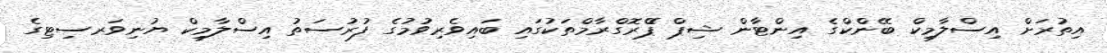
އިތުރަށް އިސްލާމިކް ބޭންކްގެ އިންޓާން ޝިޕް ޕްެރޮގްރާމްތަކުގައި ބައިވެރިވުމުގެ ފުރުސަތު އިސްލާމިކް ޔުނިވަރސިޓިގެ